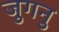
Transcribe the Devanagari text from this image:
जुगनु